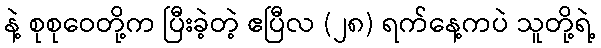
နဲ့ စုစုဝေတို့က ပြီးခဲ့တဲ့ ဧပြီလ (၂၈) ရက်နေ့ကပဲ သူတို့ရဲ့